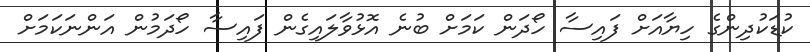
ކުޑަކުދިންގެ ހިޔާއަށް ފައިސާ ހޯދަން ކަމަށް ބުނެ އޮޅުވާލައިގެން ފައިސާ ހޯދަމުން އަންނަކަމަށް